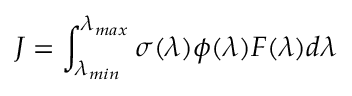
J = \int _ { \lambda _ { m i n } } ^ { \lambda _ { m a x } } \sigma ( \lambda ) \phi ( \lambda ) F ( \lambda ) d \lambda